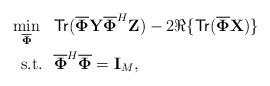
LaTeX: \begin{align*} \min_{\overline{\mathbf{\Phi}}} ~~ &\mathsf{Tr}(\overline{\mathbf{\Phi}}\mathbf{Y}\overline{\mathbf{\Phi}}^H\mathbf{Z}) - 2\Re\{\mathsf{Tr}(\overline{\mathbf{\Phi}}\mathbf{X})\}\\ \mathrm{s.t.} ~~ & \overline{\mathbf{\Phi}}^H\overline{\mathbf{\Phi}} = \mathbf{I}_M, \end{align*}